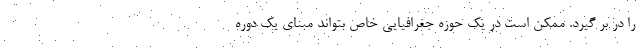
را در بر گیرد. ممکن است در یک حوزه جغرافیایی خاص بتواند مبنای یک دوره